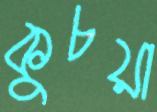
কুচয়া